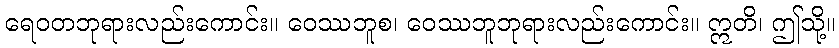
ရေဝတဘုရားလည်းကောင်း။ ဝေဿဘူစ၊ ဝေဿဘူဘုရားလည်းကောင်း။ ဣတိ၊ ဤသို့။